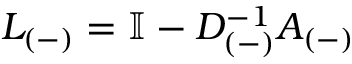
L _ { ( - ) } = \mathbb { I } - D _ { ( - ) } ^ { - 1 } A _ { ( - ) }